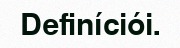
Definíciói.